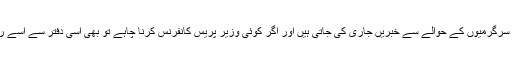
یہیں سے پارٹی کی سرگرمیوں کے حوالے سے خبریں جاری کی جاتی ہیں اور اگر کوئی وزیر پریس کانفرنس کرنا چاہے تو بھی اسی دفتر سے اسے رابطہ کرنا پڑتا ہے۔